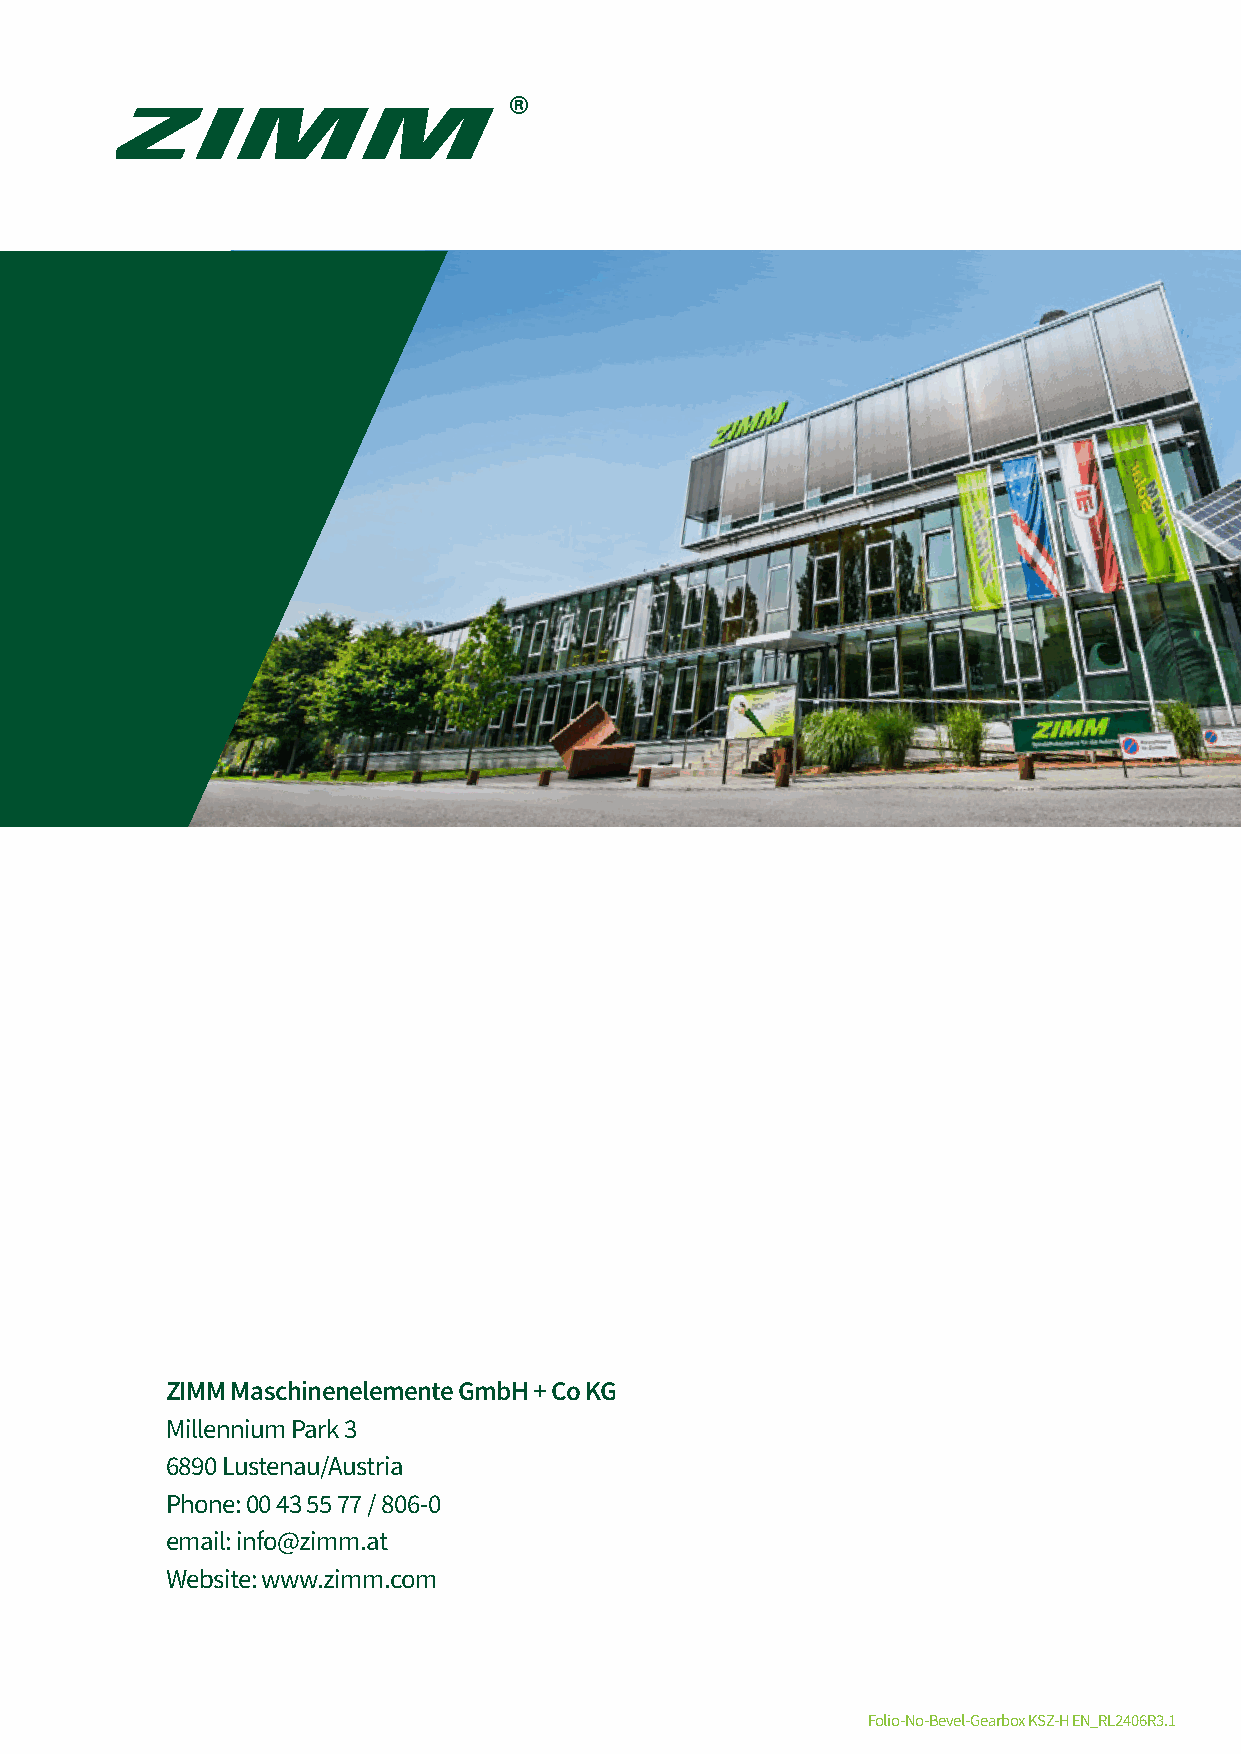
Logo 4c (CMYC: 100/0/81/66)
 ZIMM Maschinenelemente GmbH + Co KG
 Millennium Park 3
 6890 Lustenau/Austria
 Phone: 00 43 55 77 / 806-0
 email: info@zimm.at
 Website: www.zimm.com
 Folio-No-Bevel-Gearbox KSZ-H EN_RL2406R3.1